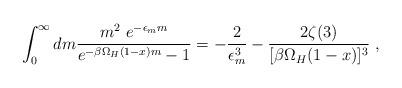
LaTeX: \begin{align*}\int_0^\infty dm \frac{m^2~ e^{-\epsilon_m m}}{e^{-\beta \Omega_H (1-x) m}-1} = -\frac{2}{\epsilon_m^3} -\frac{2 \zeta(3)}{[\beta \Omega_H (1-x)]^3}~,\end{align*}